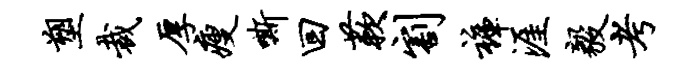
塑裁厚瘦嘶回蔌割裤涯毅考